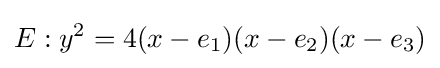
E:y^{2}=4(x-e_{1})(x-e_{2})(x-e_{3})